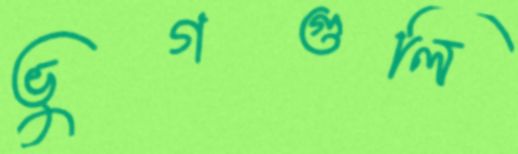
ভুগগুলি